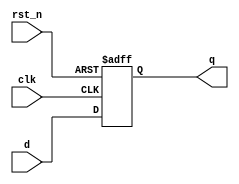
module d_flip_flop (
    input wire clk,       // Clock input
    input wire rst_n,     // Active low reset
    input wire d,        // Data input
    output reg q         // Data output
);

// Initial block to set the initial state
initial begin
    q = 1'b0; // Initialize output to 0
end

// Always block sensitive to the rising edge of clk and the falling edge of rst_n
always @(posedge clk or negedge rst_n) begin
    if (!rst_n) begin
        q <= 1'b0; // Reset output to 0 on active low reset
    end else begin
        q <= d; // On rising edge of clk, assign d to q
    end
end

endmodule